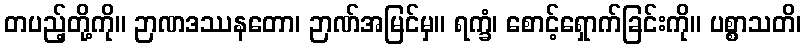
တပည့်တို့ကို။ ဉာဏဒဿနတော၊ ဉာဏ်အမြင်မှ။ ရက္ခံ၊ စောင့်ရှောက်ခြင်းကို။ ပစ္စာသတိ၊